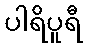
ပါရိပူရီ